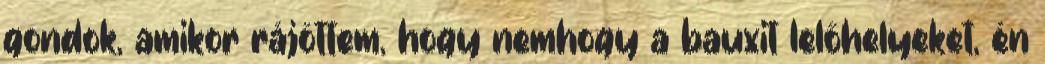
gondok, amikor rájöttem, hogy nemhogy a bauxit lelőhelyeket, én